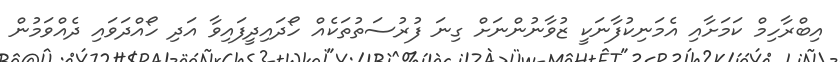
އިބްރާހިމް ކަމަށާއި އެމަނިކުފާނަކީ ޒުވާނުންނަށް ގިނަ ފުރުސަތުތަކެއް ހޯދައިދީފައިވާ އަދި ހޯއްދަވައި ދެއްވަމުން